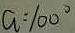
a = 1 0 0 ^ { \circ }